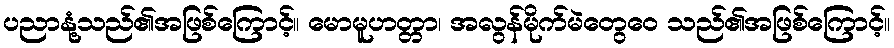
ပညာနုံ့သည်၏အဖြစ်ကြောင့်။ မောမူဟတ္တာ၊ အလွန်မိုက်မဲတွေဝေ သည်၏အဖြစ်ကြောင့်။